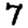
Digit: 7